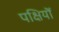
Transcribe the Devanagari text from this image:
पक्षियॊं